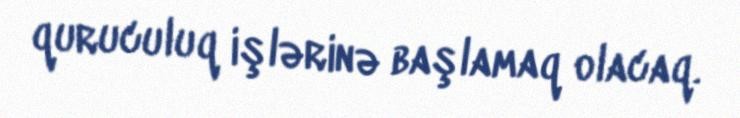
quruculuq işlərinə başlamaq olacaq.